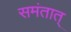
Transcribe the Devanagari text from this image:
समंतात्